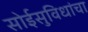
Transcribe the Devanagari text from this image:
सोईसुविधांचा